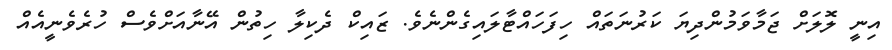
އިނީ ލޮލަށް ޖަމާވަމުންދިޔަ ކަރުނަތައް ހިފަހައްޓާލައިގެންނެވެ. ޒައިކް ދެކިލާ ހިތުން އޭނާއަށްވެސް ހުރެވެނީއެއް